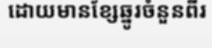
ដោយមានខ្សែឆ្នូរចំនួនពីរ